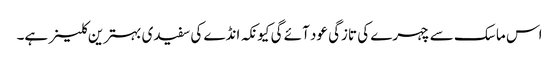
اس ماسک سے چہرے کی تازگی عود آئے گی کیونکہ انڈے کی سفیدی بہترین کلینر ہے۔